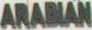
ARABIAN